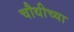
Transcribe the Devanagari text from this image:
चौथीच्या